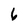
Character: 6